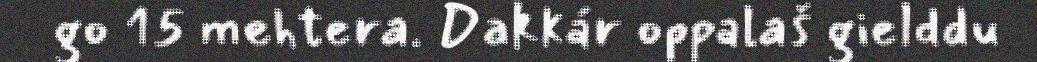
go 15 mehtera. Dakkár oppalaš gielddu